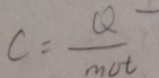
C = \frac { Q } { m u t }